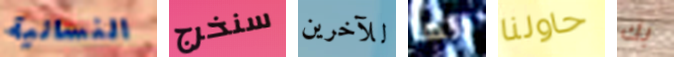
النسائية سنخرج للآخرين انها حاولنا بك